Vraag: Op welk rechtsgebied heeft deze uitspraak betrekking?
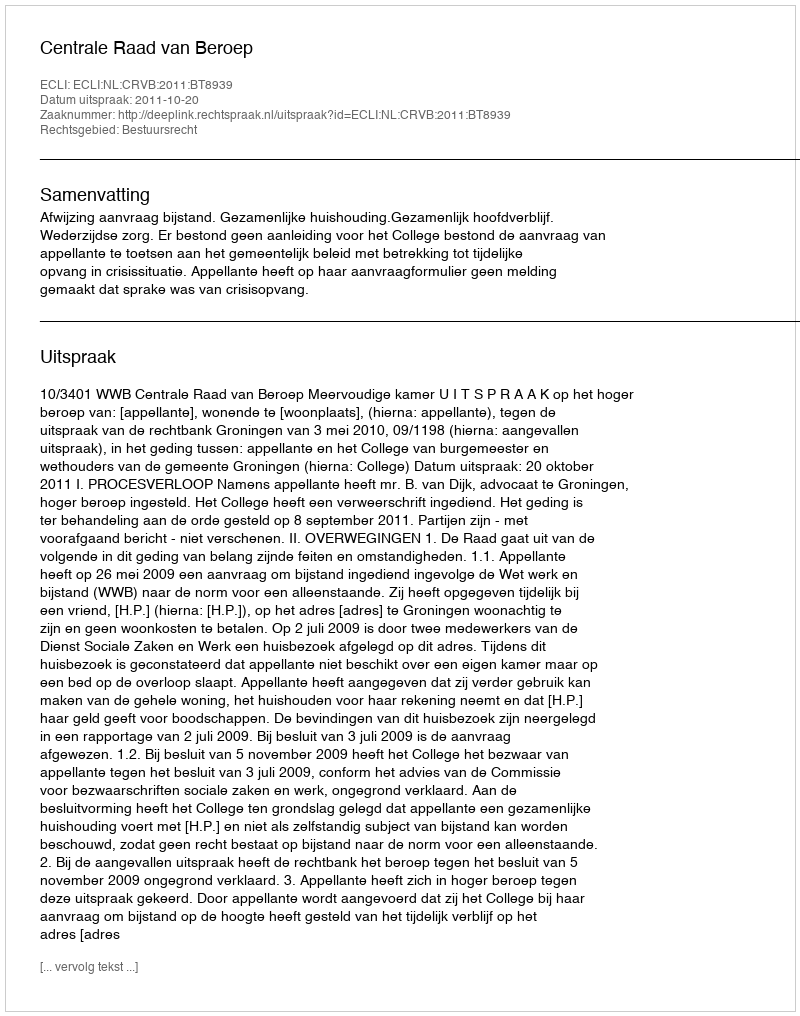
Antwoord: Bestuursrecht